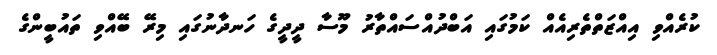
ކުރެއްވި އިއްޒަތްތެރިއެއް ކަމުގައި އަބްދުއްސައްތާރު މޫސާ ދީދީގެ ހަނދާނުގައި މިރޭ ބޭއްވި ތައުބީންގެ